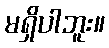
မရှိပါဘူး။